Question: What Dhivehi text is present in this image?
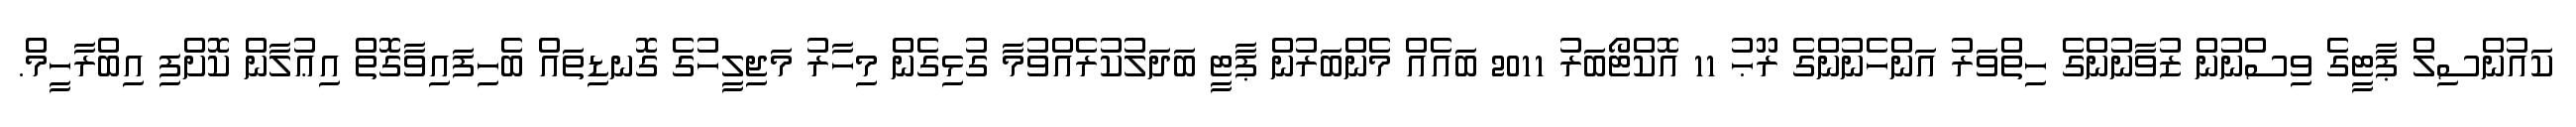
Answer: ކައުންސިލް ޕާޓީގެ ވިސްނުން ޒުވާނުންގެ ހިތްވަރު އަންހެނުންގެ ރޫޙު 11 އޮކްޓޯބަރު 2011 ބައެއް މެންބަރުން ޕާޓީ ބަދަލުކުރެއްވުމާ ގުޅިގެން މިހާރު މަޖިލީހުގެ ގޮނޑިތައް ބެހިފައިވާގޮތް އިޢުލާން ކޮށްފި އިބްރާހީމް.